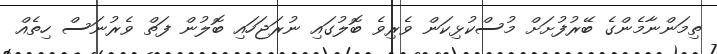
ތިމަންނާމެންގެ ބޭރުފުށަށް މުސްކުޅިކަން ވެރިވެ ބޮލުގައި ނުރަޖަހައި ބޮލުން ފަތް ވެރުނަސް ހިތެއް